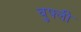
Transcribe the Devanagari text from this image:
वुफ्ली